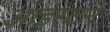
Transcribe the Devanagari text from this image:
आइंस्टन